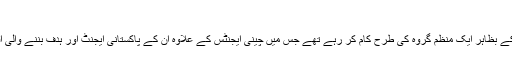
شادی کرانے والے منظم گروہ
میڈیا رپورٹس کے مطابق یہ چینی لڑکے بظاہر ایک منظم گروہ کی طرح کام کر رہے تھے جس میں چینی ایجنٹس کے علاوہ ان کے پاکستانی ایجنٹ اور ہدف بننے والی اقلیت کے مذہبی رہنما بھی ملوث تھے۔